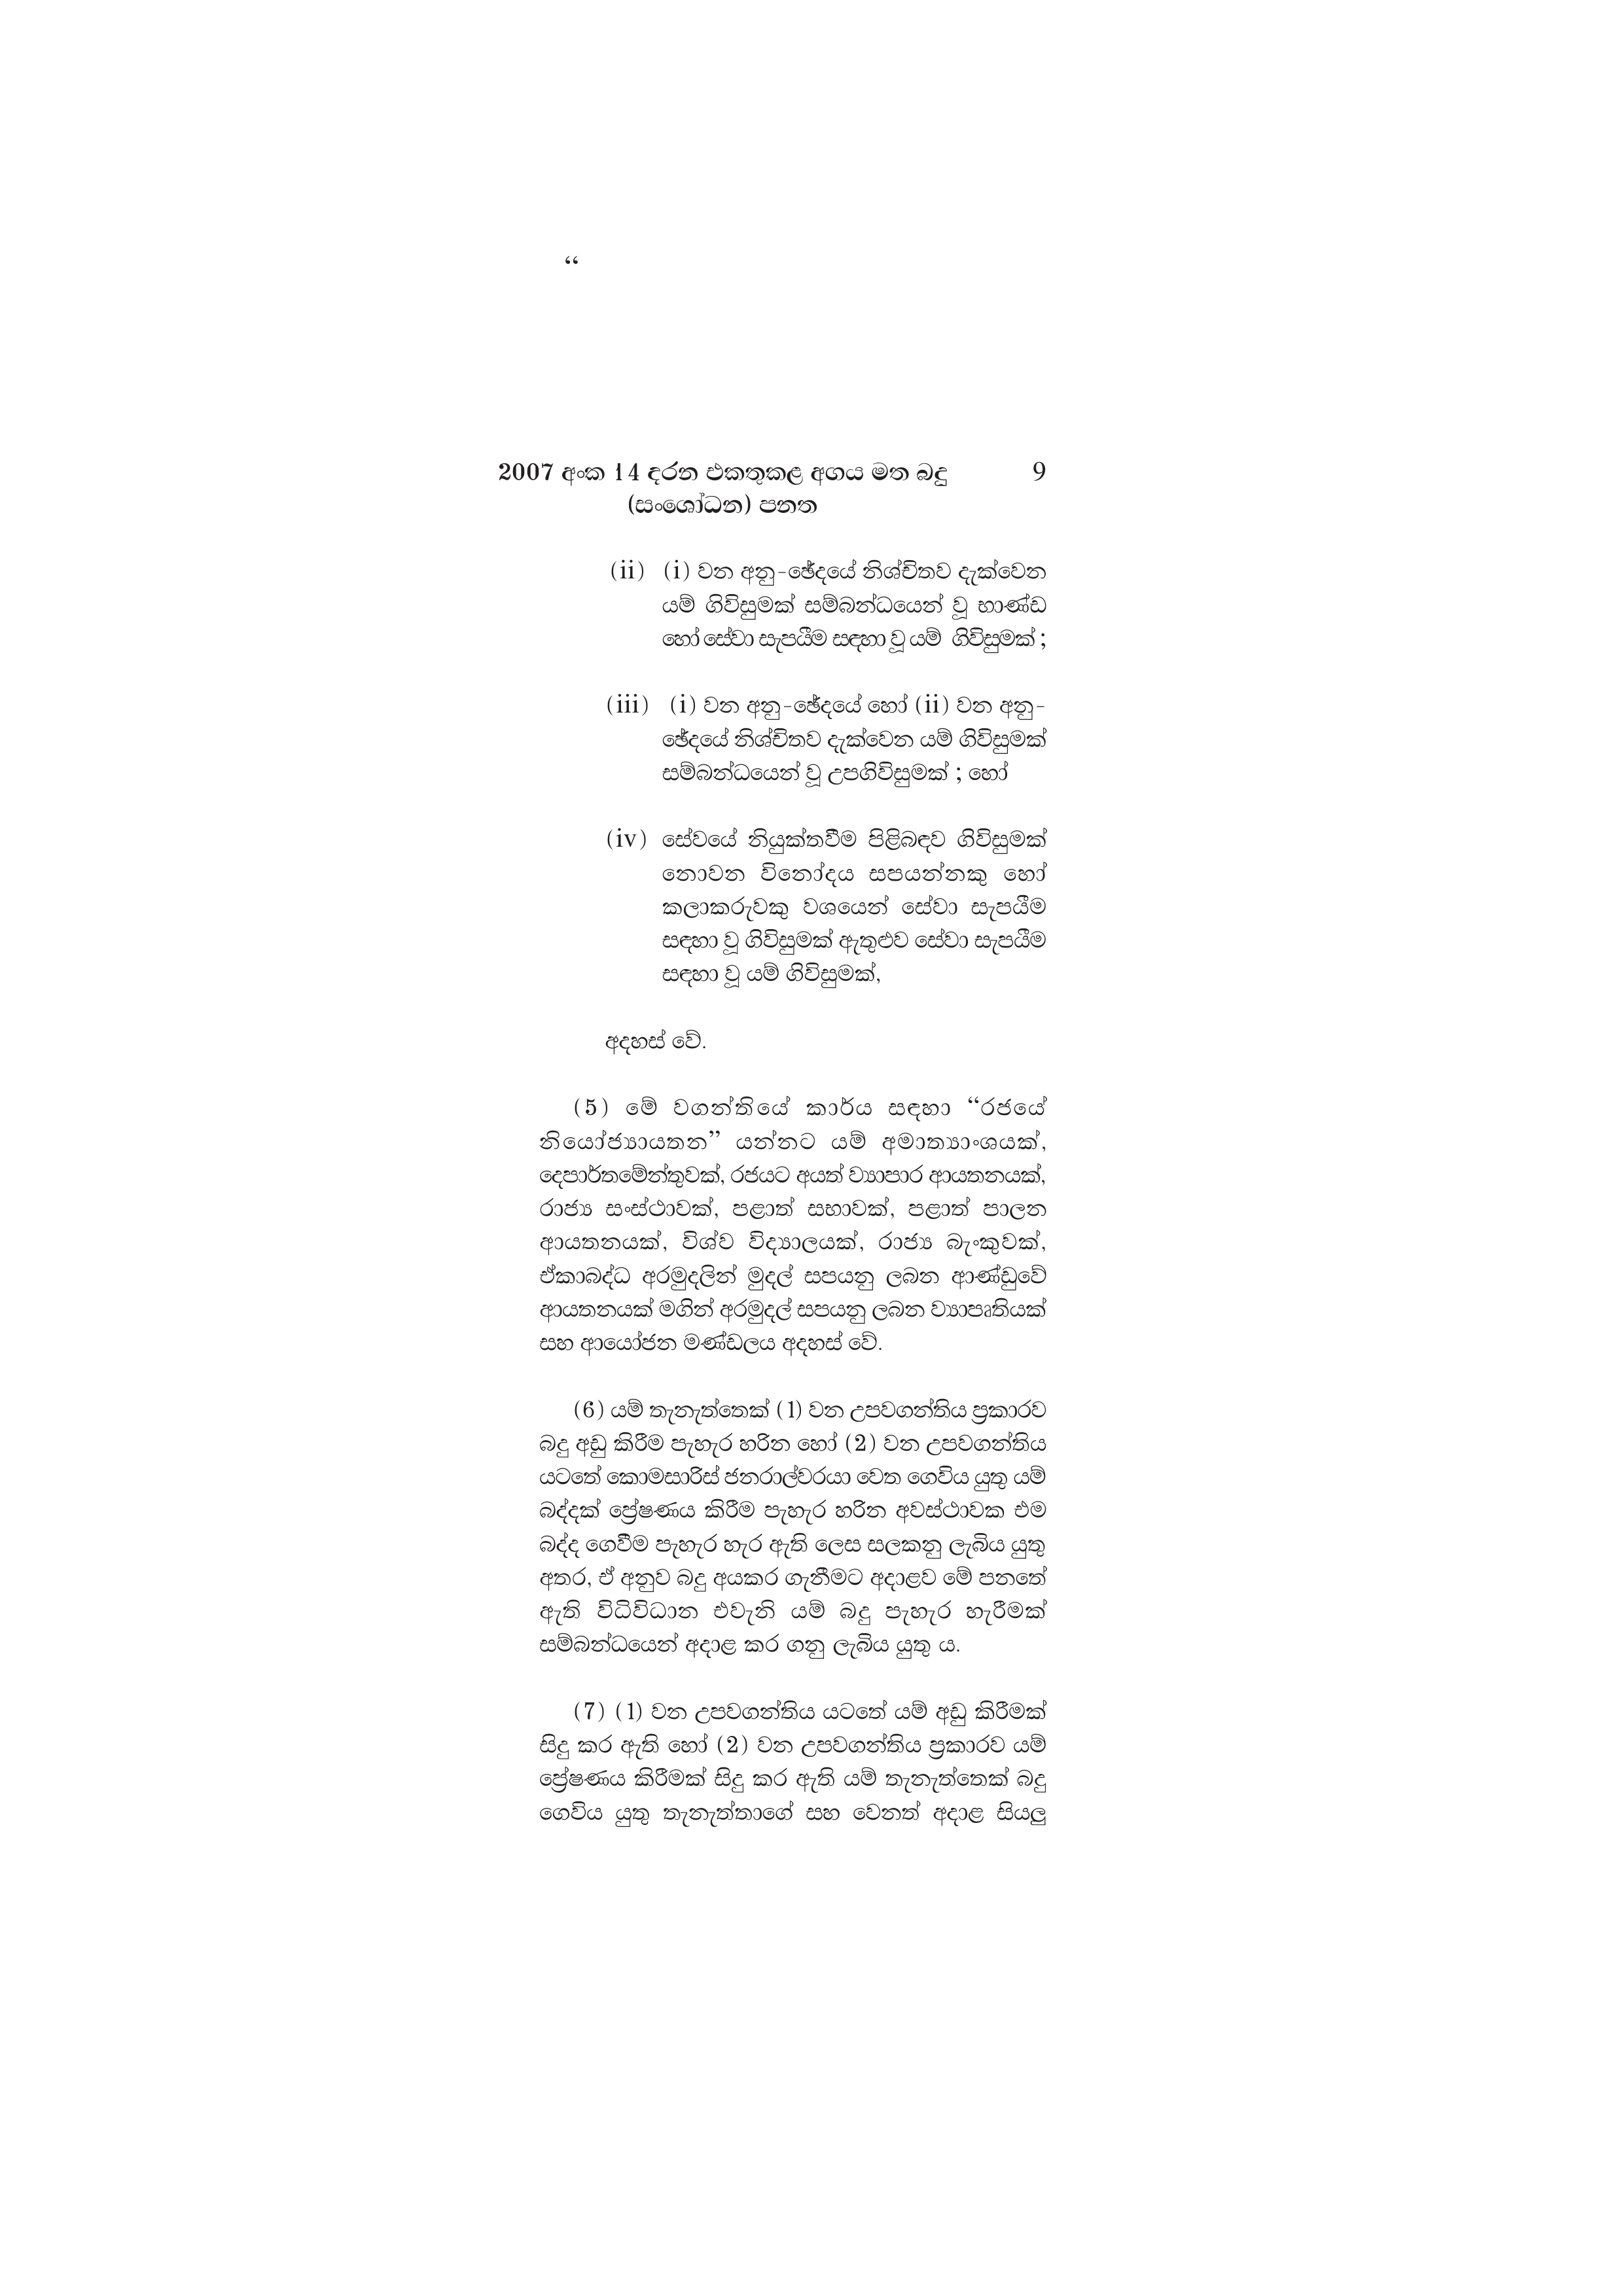
2007 අංක 14 දරන එකතුකළ අගය මත බදු 9
(සංශෝධන) පනත

(ii) (i) වන අනු-ඡේදයේ නිශ්චිතව දැක්වෙන
යම් ගිවිසුමක් සම්බන්ධයෙන් වූ භාණ්ඩ
හෝ සේවා සැපයීම සඳහා වූ යම් ගිවිසුමක්;

(iii) (i) වන අනු-ඡේදයේ හෝ (ii) වන අනු-
ඡේදයේ නිශ්චිතව දැක්වෙන යම් ගිවිසුමක්
සම්බන්ධයෙන් වූ උපගිවිසුමක් ; හෝ

(iv) සේවයේ නියුක්තවීම පිළිබඳව ගිවිසුමක්
නොවන විනෝදය සපයන්නකු හෝ
කලාකරුවකු වශයෙන් සේවා සැපයීම
සඳහා වූ ගිවිසුමක් ඇතුළුව සේවා සැපයීම
සඳහා වූ යම් ගිවිසුමක්,

අදහස් වේ.

(5) මේ වගන්තියේ කාර්ය සඳහා “රජයේ
නියෝජ්‍යායතන” යන්නට යම් අමාත්‍යාංශයක්,
දෙපාර්තමේන්තුවක්, රජයට අයත් ව්‍යාපාර ආයතනයක්,
රාජ්‍ය සංස්ථාවක්, පළාත් සභාවක්, පළාත් පාලන
ආයතනයක්, විශ්ව විද්‍යාලයක්, රාජ්‍ය බැංකුවක්,
ඒකාබද්ධ අරමුදලින් මුදල් සපයනු ලබන ආණ්ඩුවේ
ආයතනයක් මගින් අරමුදල් සපයනු ලබන ව්‍යාපෘතියක්
සහ ආයෝජන මණ්ඩලය අදහස් වේ.

(6) යම් තැනැත්තෙක් ( 1) වන උපවගන්තිය ප්‍රකාරව
බදු අඩු කිරීම පැහැර හරින හෝ (2) වන උපවගන්තිය
යටතේ කොමසාරිස් ජනරාල්වරයා වෙත ගෙවිය යුතු යම්
බද්දක් ප්‍රේෂණය කිරීම පැහැර හරින අවස්ථාවක එම
බද්ද ගෙවීම පැහැර හැර ඇති ලෙස සලකනු ලැබිය යුතු
අතර, ඒ අනුව බදු අයකර ගැනීමට අදාළව මේ පනතේ
ඇති විධිවිධාන එවැනි යම් බදු පැහැර හැරීමක්
සම්බන්ධයෙන් අදාළ කර ගනු ලැබිය යුතු ය.

(7) (1) වන උපවගන්තිය යටතේ යම් අඩු කිරීමක්
සිදු කර ඇති හෝ (2) වන උපවගන්තිය ප්‍රකාරව යම්
ප්‍රේෂණය කිරීමක් සිදු කර ඇති යම් තැනැත්තෙක් බදු
ගෙවිය යුතු තැනැත්තාගේ සහ වෙනත් අදාළ සියලු